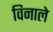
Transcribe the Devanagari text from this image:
विनाले